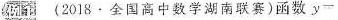
例1 (2018·全国高中数学湖南联赛)函数 $$y -